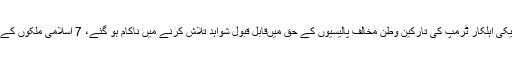
امریکا کے محکمہ اندرونی سلامتی کے تجزیہ نگاروں کے جائزے کے مطابق امریکی اہلکار ٹرمپ کی تارکین وطن مخالف پالیسیوں کے حق میںقابل قبول شواہد تلاش کرنے میں ناکام ہو گئے، 7 اسلامی ملکوں کے تارکین وطن کے دہشتگرد ہونے کے بارے میں ڈونلڈ ٹرمپ کا دعوی بے بنیاد ہے۔